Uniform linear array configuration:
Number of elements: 32
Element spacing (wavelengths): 1
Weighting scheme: binomial
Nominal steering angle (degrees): -30
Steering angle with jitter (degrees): -28.171
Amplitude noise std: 0.05
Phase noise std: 0.05

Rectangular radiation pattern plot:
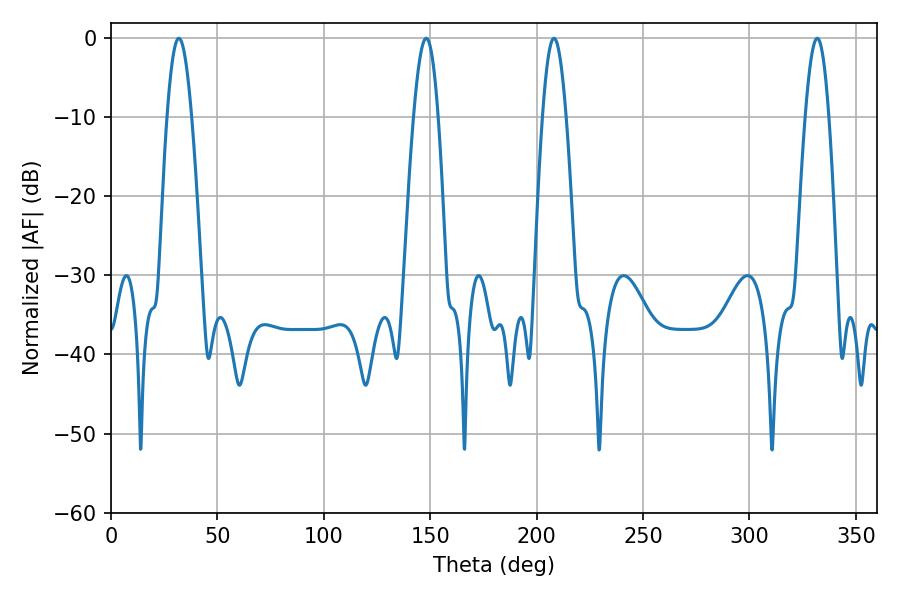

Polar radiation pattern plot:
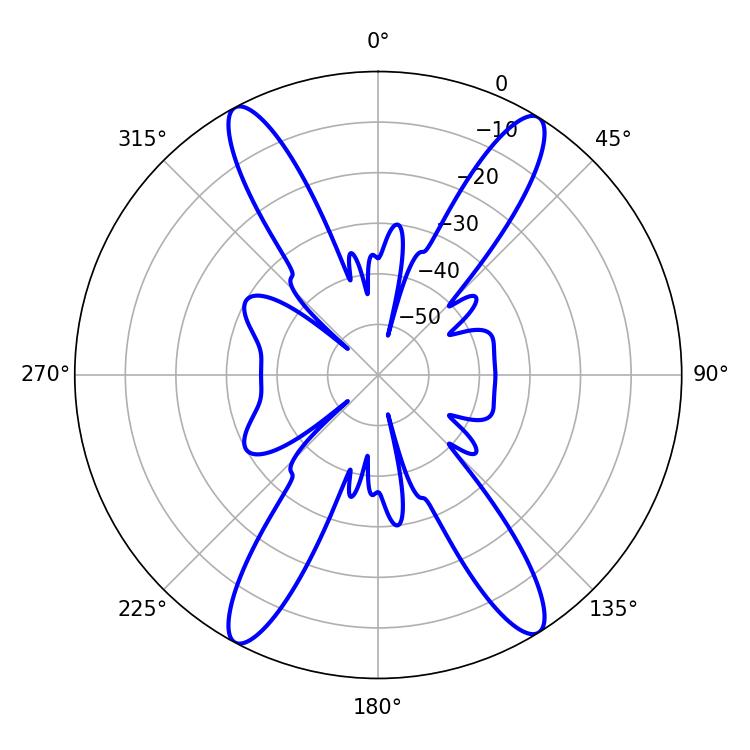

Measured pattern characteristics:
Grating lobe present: TRUE
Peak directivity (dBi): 20.596
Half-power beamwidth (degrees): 6.3
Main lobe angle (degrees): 31.86